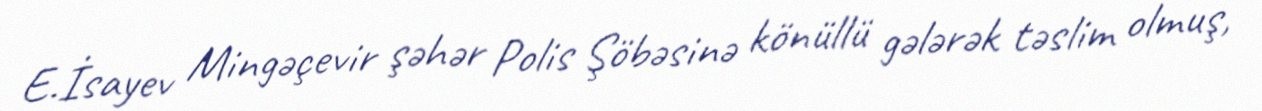
E.İsayev Mingəçevir şəhər Polis Şöbəsinə könüllü gələrək təslim olmuş,